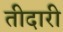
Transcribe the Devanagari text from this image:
तीदारी